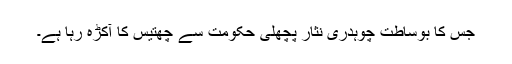
جس کا بوساطت چوہدری نثار پچھلی حکومت سے چھتیس کا آکڑہ رہا ہے۔